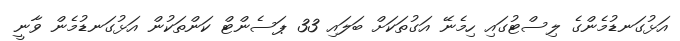
އަޅުގަނޑުމެންގެ ލިސްޓުގައި ހިމެނޭ އަގުތަކަށް ބަލައި 33 ޕަސެންޓް ކަންތަކުން އަޅުގަނޑުމެން ވާނީ